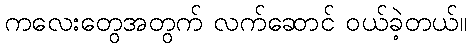
ကလေးတွေအတွက် လက်ဆောင် ဝယ်ခဲ့တယ်။